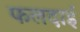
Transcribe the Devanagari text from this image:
फलदाई